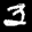
Label: 3